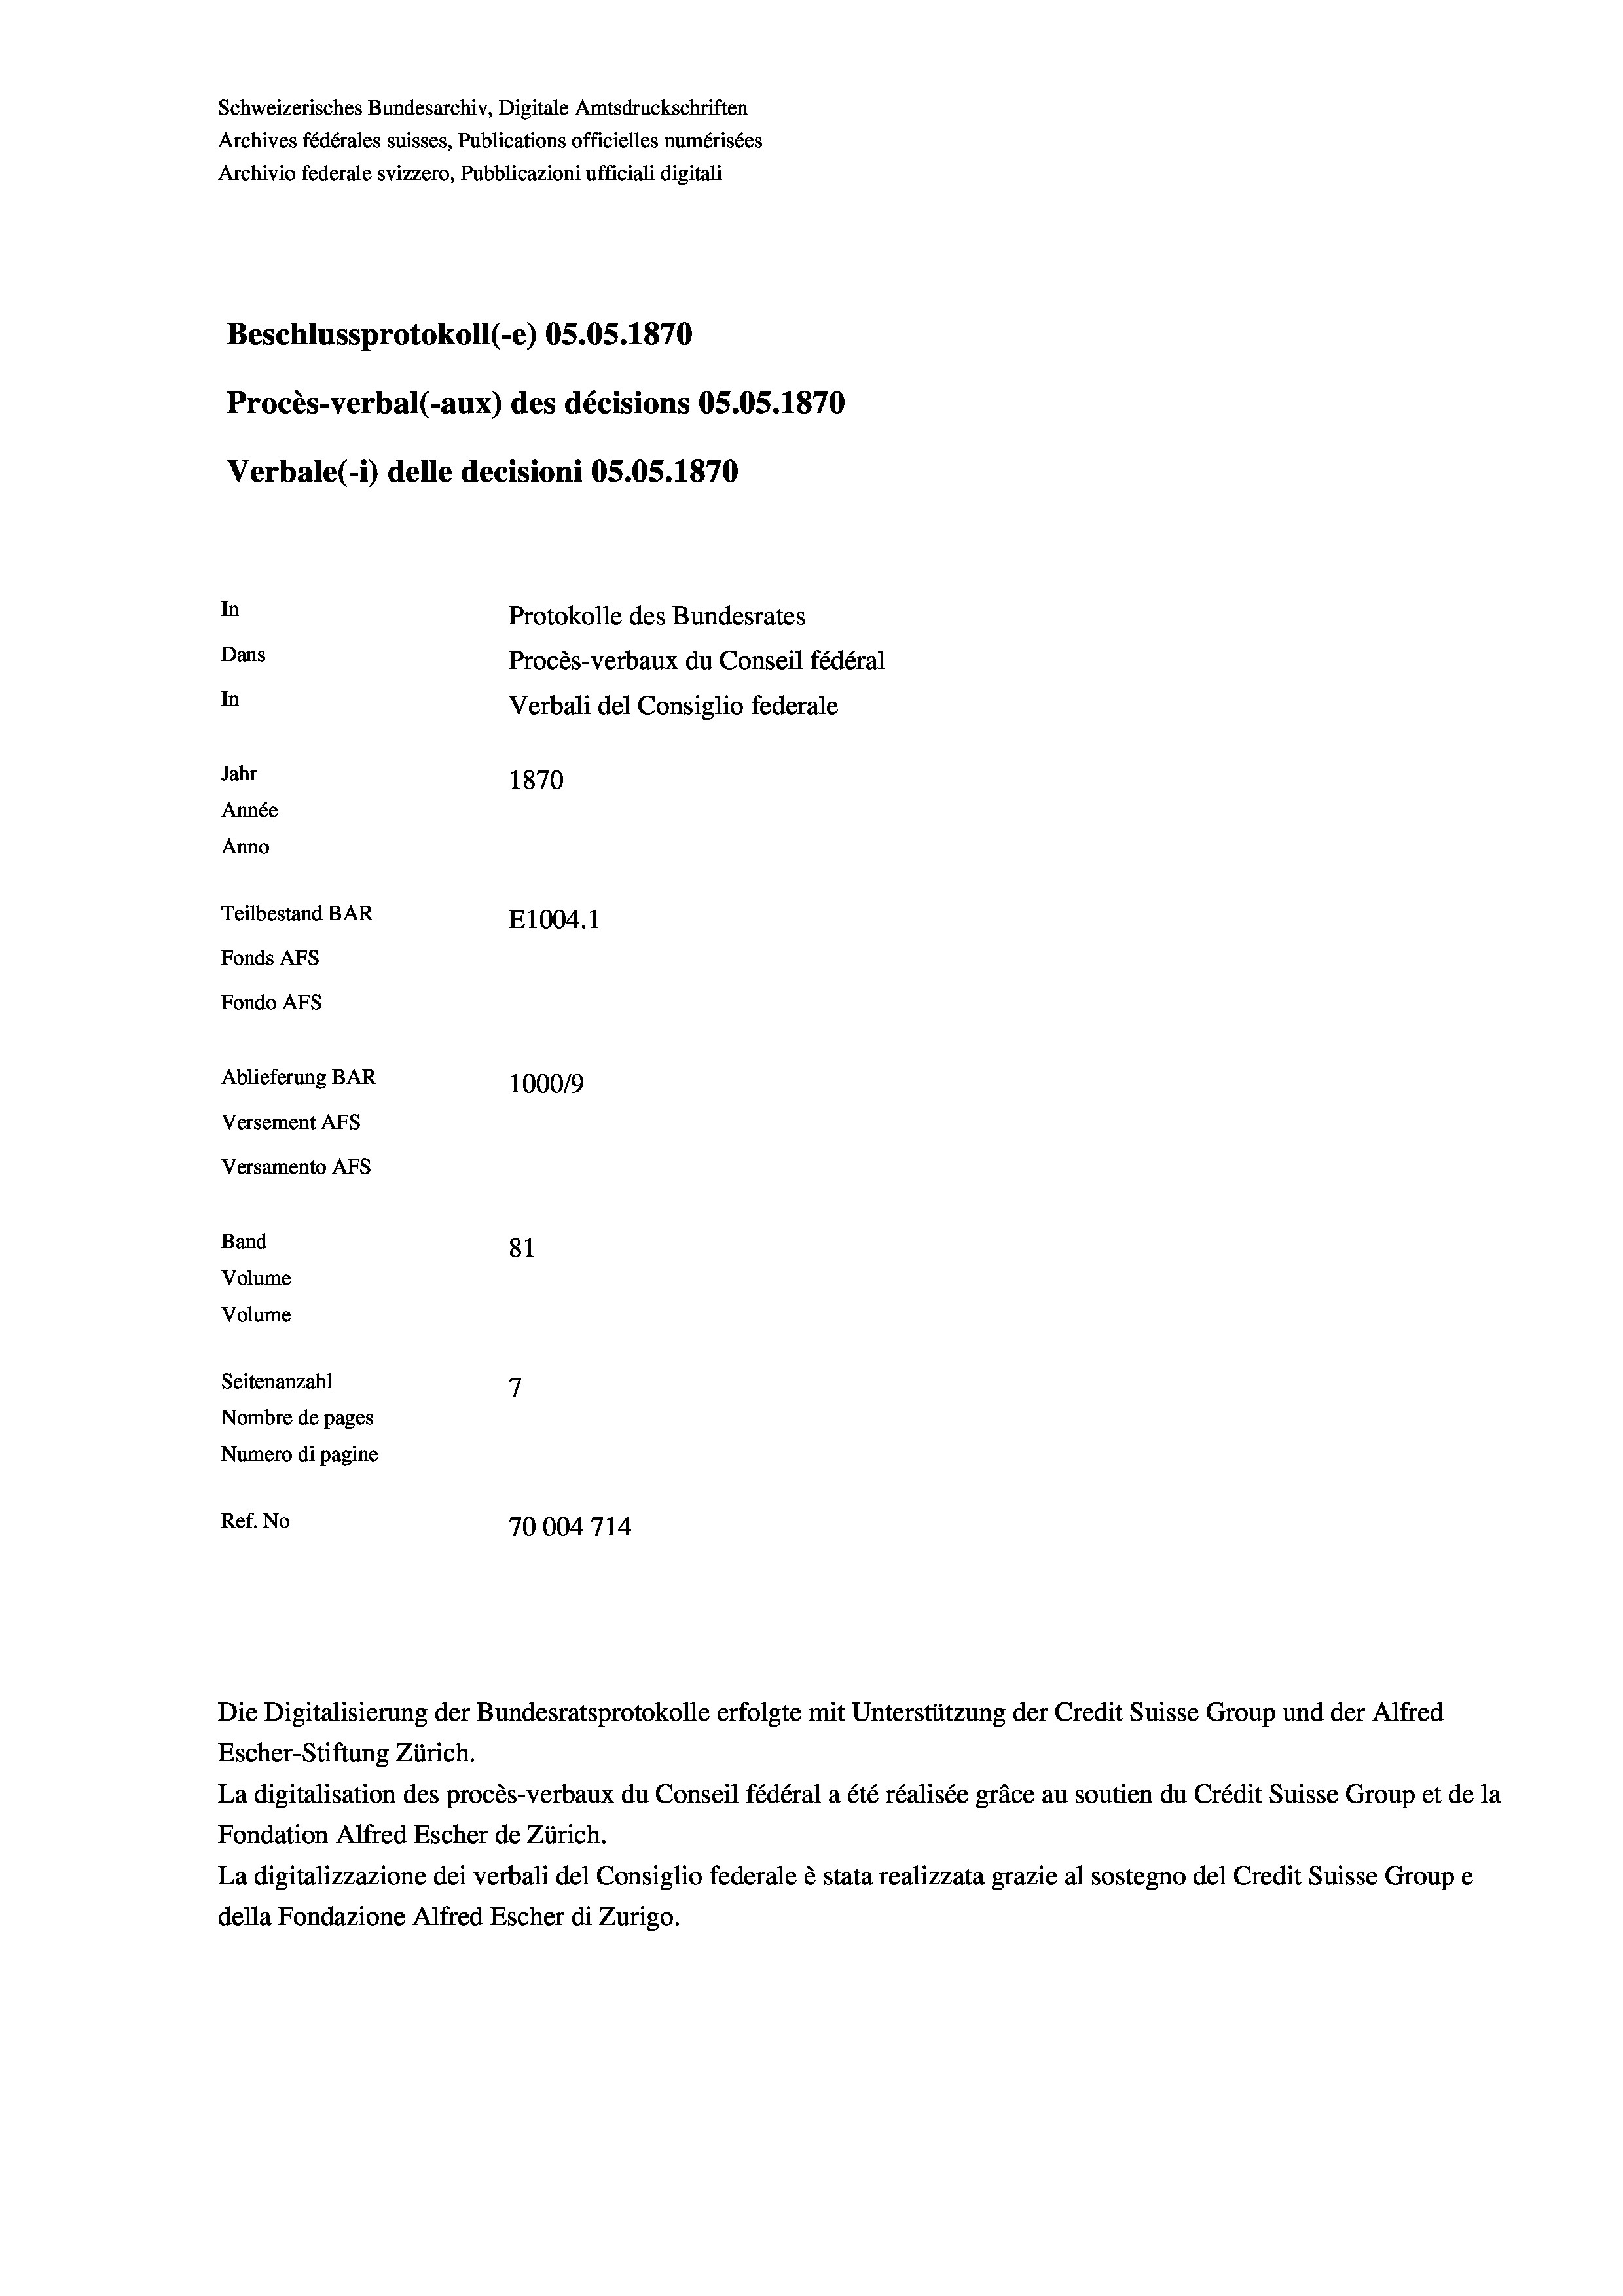
Schweizerisches Bundesarchiv, Digitale Amtsdruckschriften
Archives fédérales suisses, Publications officielles numérisées
Archivio federale svizzero, Pubblicazioni ufficiali digitali
Beschlussprotokoll (-e) OS.05. 1870
Procès-verbal (-aux) des décisions OS.OS. 1870
Verbale(-*) delle decisioni OS.OS. 1870
In
Protokolle des Bundesrates
Dans
Procès-verbaux du Conseil fédéral
In
Verbali del Consiglio federale
Jahr
1870
Année
Anno
Teilbestand BAR
E1004.1
Fonds AFs
Fondo AFs
Ablieferung BAR
100019
Versement Abs
Versamento Afs
Band
81
Volume
Volume

7
Seitenanzahl
Nombre de pages
Numero di pagine
Ref. No
70004714

Escher-Stiftung Zürich.
La digitalisation des procès-verbaux du Conseil fédéral a été réalisée gräce au soutien du Crédit Suisse Group et de la
Fondation Alfred Escher de Zürich.
La digitalizzazione dei verbali del Consiglio federale è stata realizzata grazie al sostegno del Credit Suisse Groupe
della Fondazione Alfred Escher di Zurigo.

Die Digitalisierung der Bundesratsprotokolle erfolgte mit Unterstützung der Credit Suisse Group und der Alfred